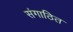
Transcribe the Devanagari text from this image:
संगाठित